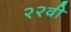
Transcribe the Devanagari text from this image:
२२वी